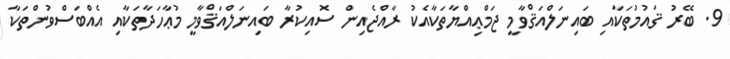
9. ބޭރު ޤައުމުތަކާއި ބައިނަލްއަޤްވާމީ ޖަމްޢިއްޔާތަކާއެކު ރާއްޖެއިން ސޮއިކުރާ ބައިނަލްއަޤްވާމީ މުޢާހަދާތަކާއި އެއްބަސްވުންތަކާ